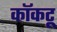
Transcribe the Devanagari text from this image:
कॉकटू